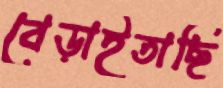
বেড়াইতাছি